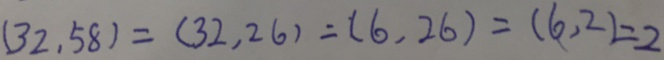
( 3 2 , 5 8 ) = ( 3 2 , 2 6 ) = ( 6 , 2 6 ) = ( 6 , 2 ) = 2